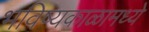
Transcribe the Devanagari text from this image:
भविष्यकाळामध्ये